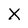
Character: X